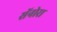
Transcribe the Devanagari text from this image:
सॅनोरा